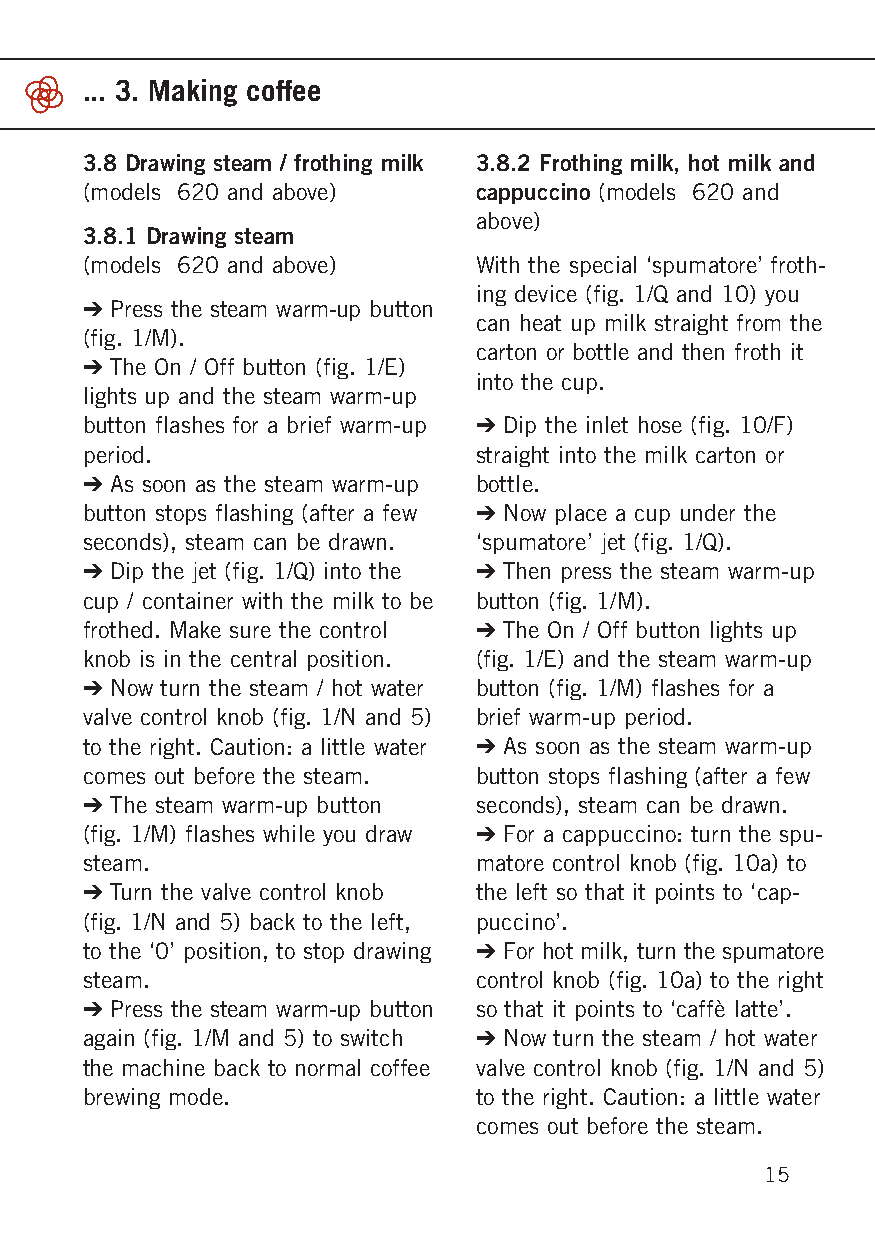
... 3. Making coffee
 3.8 Drawing steam / frothing milk 3.8.2 Frothing milk, hot milk and
 (models 620 and above)    cappuccino (models 620 and
 above)
 3.8.1 Drawing steam
 (models 620 and above)    With the special ‘spumatore’ froth-
 ing device (fig. 1/Q and 10) you
 ➔ Press the steam warm-up button
 can heat up milk straight from the
 (fig. 1/M).
 carton or bottle and then froth it
 ➔ The On / Off button (fig. 1/E)
 into the cup.
 lights up and the steam warm-up
 button flashes for a brief warm-up ➔ Dip the inlet hose (fig. 10/F)
 period.                   straight into the milk carton or
 ➔ As soon as the steam warm-up bottle.
 button stops flashing (after a few ➔ Now place a cup under the
 seconds), steam can be drawn. ‘spumatore’ jet (fig. 1/Q).
 ➔ Dip the jet (fig. 1/Q) into the ➔ Then press the steam warm-up
 cup / container with the milk to be button (fig. 1/M).
 frothed. Make sure the control ➔ The On / Off button lights up
 knob is in the central position. (fig. 1/E) and the steam warm-up
 ➔ Now turn the steam / hot water button (fig. 1/M) flashes for a
 valve control knob (fig. 1/N and 5) brief warm-up period.
 to the right. Caution: a little water ➔ As soon as the steam warm-up
 comes out before the steam. button stops flashing (after a few
 ➔ The steam warm-up button seconds), steam can be drawn.
 (fig. 1/M) flashes while you draw ➔ For a cappuccino: turn the spu-
 steam.                    matore control knob (fig. 10a) to
 ➔ Turn the valve control knob the left so that it points to ‘cap-
 (fig. 1/N and 5) back to the left, puccino’.
 to the ‘0’ position, to stop drawing ➔ For hot milk, turn the spumatore
 steam.                    control knob (fig. 10a) to the right
 ➔ Press the steam warm-up button so that it points to ‘caffè latte’.
 again (fig. 1/M and 5) to switch ➔ Now turn the steam / hot water
 the machine back to normal coffee valve control knob (fig. 1/N and 5)
 brewing mode.             to the right. Caution: a little water
 comes out before the steam.
 15